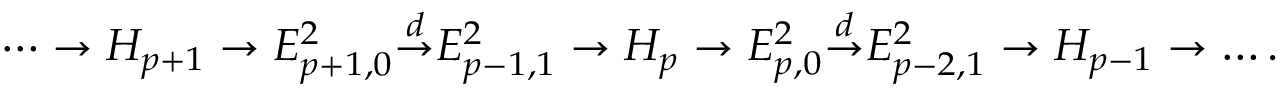
\cdots \to H _ { p + 1 } \to E _ { p + 1 , 0 } ^ { 2 } { \overset { d } { \to } } E _ { p - 1 , 1 } ^ { 2 } \to H _ { p } \to E _ { p , 0 } ^ { 2 } { \overset { d } { \to } } E _ { p - 2 , 1 } ^ { 2 } \to H _ { p - 1 } \to \dots .